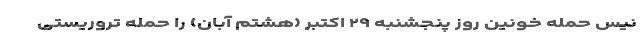
نیس حمله خونین روز پنجشنبه ۲۹ اکتبر (هشتم آبان) را حمله تروریستی